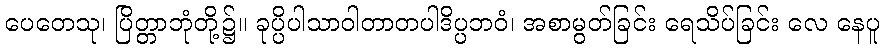
ပေတေသု၊ ပြိတ္တာဘုံတို့၌။ ခုပ္ပိပါသာဝါတာတပါဒိပ္ပဘဝံ၊ အစာမွတ်ခြင်း ရေသိပ်ခြင်း လေ နေပူ